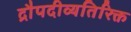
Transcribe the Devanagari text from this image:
द्रौपदीव्यतिरिक्त